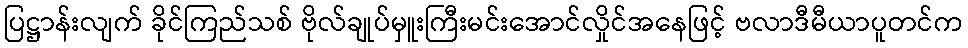
ပြဋ္ဌာန်းလျက် ခိုင်ကြည်သစ် ဗိုလ်ချုပ်မှူးကြီးမင်းအောင်လှိုင်အနေဖြင့် ဗလာဒီမီယာပူတင်က